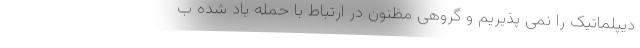
دیپلماتیک را نمی پذیریم و گروهی مظنون در ارتباط با حمله یاد شده ب